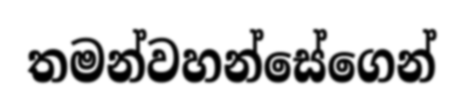
තමන්වහන්සේගෙන්